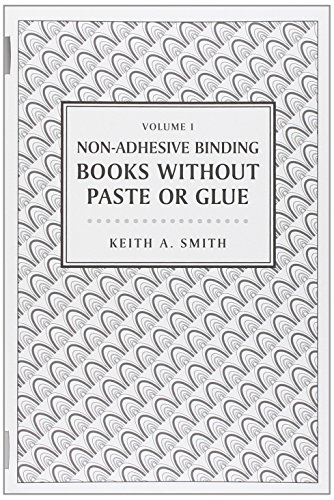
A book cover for Books without Paste or Glue; Keith A. Smith; Computers & Technology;